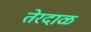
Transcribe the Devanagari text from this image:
तेरदाळ